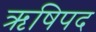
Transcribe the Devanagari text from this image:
ऋषिपद